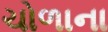
ચોળાના